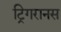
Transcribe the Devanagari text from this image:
ट्रिगरानस